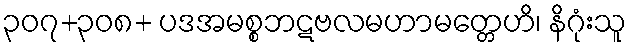
၃၀၇+၃၀၈+ ပဒအမစ္စဘဋဗလမဟာမတ္တေဟိ၊ နိဂုံးသူ